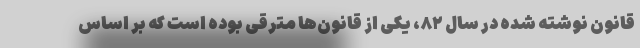
قانون نوشته شده در سال ۸۲، یکی از قانون‌ها مترقی بوده است که بر اساس